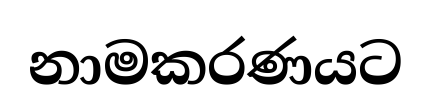
නාමකරණයට